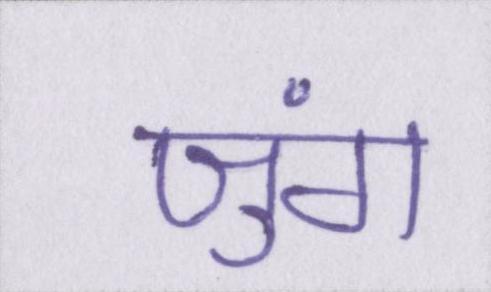
जुंग